Loodushoiu_ja_Turismi_Instituut, lk 345
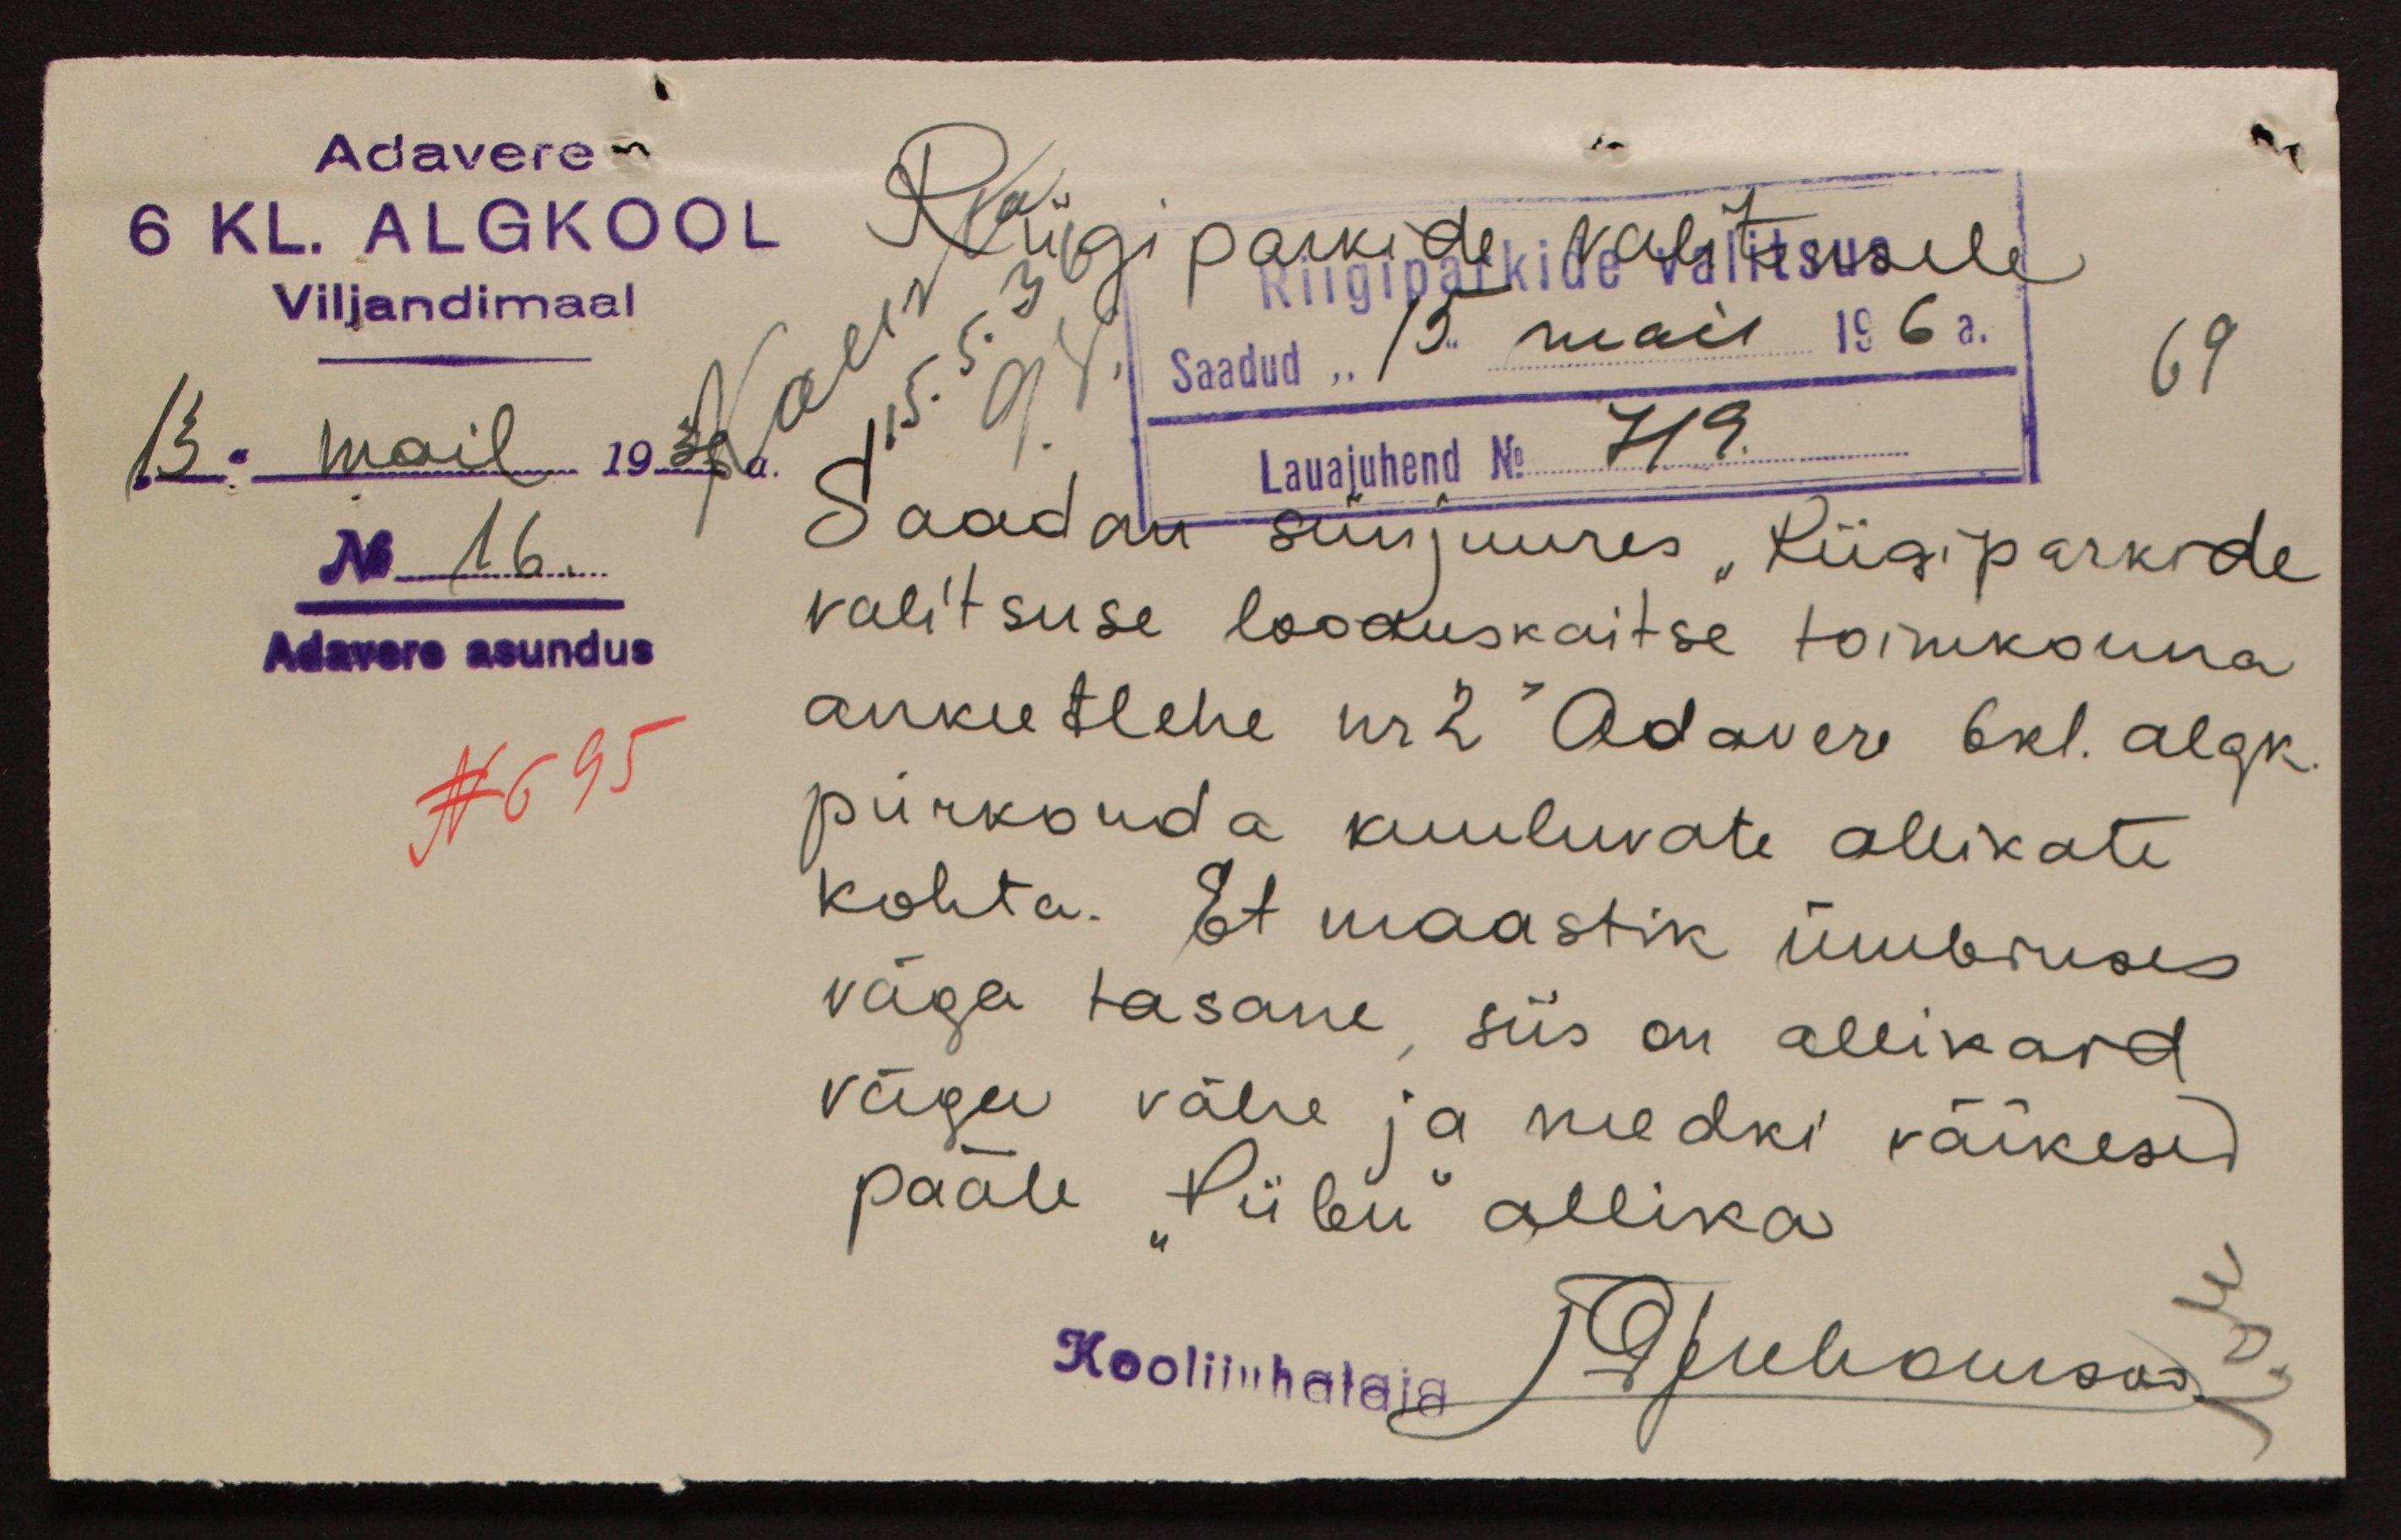
Riigi parkide valitsusele
Adavere
6KL. ALGKOOL
Viljandimaal
13. mail 1936 a.
Saadud "19" mail 196 a.
69
Lauajuhend No 719.
No 16.
Saadan siinjuures "Riigiparkide
Adavere asundus
valitsuse looduskaitse toimkonna
N 695
ankeetlehe nr 2 " Adavere 6 kl. algk.
piirkonda kuuluvate allikate
kohta. Et maastik ümbruses
väga tasane, siis on allikaid
väga vähe ja needki väikesed
pääle "Piibu" allika
Koolijuhataja
J Juhansoo